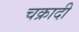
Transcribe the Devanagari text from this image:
चक्रादी